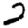
Digit: 2